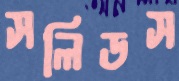
সলিডস